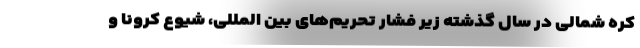
کره شمالی در سال گذشته زیر فشار تحریم‌های بین المللی، شیوع کرونا و